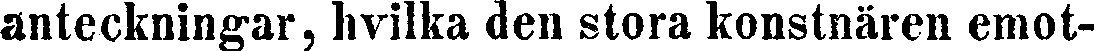
anteckningar, hvilka den stora konstnären emot-